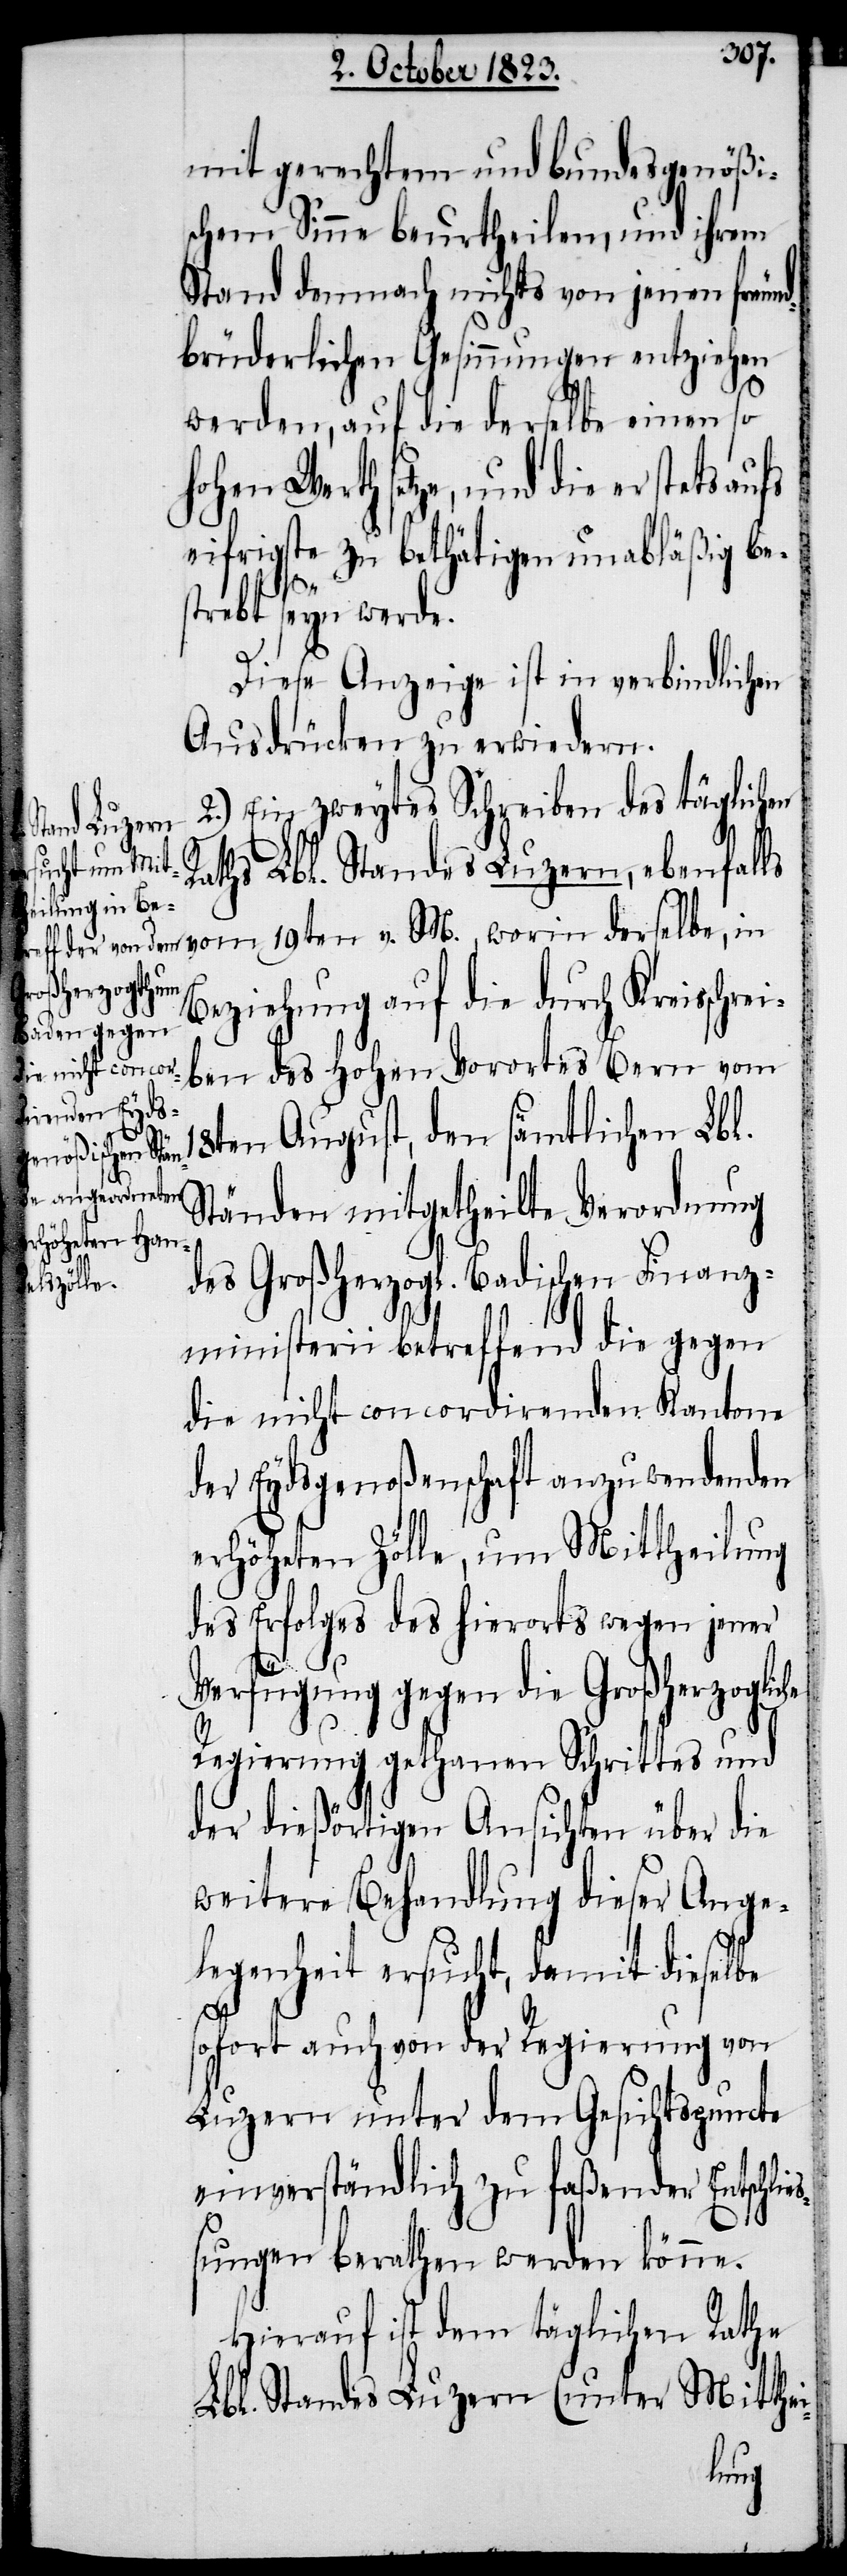
2.) Ein zweytes Schreiben des täglichen
Raths Lbl. Standes Luzern, ebenfalls
derselbe, in
Beziehung auf die durch Krei¬
ben des Hohen Vorortes Bern vom
sschrei¬
18ten August, den sämtlichen Lbl.
Ständen mitgetheilte Verordnung
des Großherzogl. Badischen Finanz¬
ministerii betreffend die gegen
die nicht concordirenden Kantone
der Eydsgenoßenschaft anzuwendenden
erhöheten Zölle, um Mittheilung
des Erfolges des hierorts wegen jener
Verfügung gegen die Großherzogliche
Regierung gethanen Schrittes und
der dießörtigen Ansichten über die
weitere Behandlung dieser Ange¬
legenheit ersucht, damit dieselbe
sofort auch von der Regierung von
Luzern unter dem Gesichtspuncte
einverständlich zu faßender Entschlie¬
ßungen berathen werden könne.
Hierauf ist dem täglichen Rathe
Lbl. Standes Luzern (unter Mitthei-